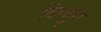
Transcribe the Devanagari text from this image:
कियुंग